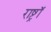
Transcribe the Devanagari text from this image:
राष्ट्रॉ